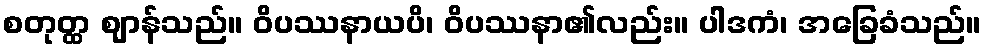
စတုတ္ထ ဈာန်သည်။ ဝိပဿနာယပိ၊ ဝိပဿနာ၏လည်း။ ပါဒကံ၊ အခြေခံသည်။